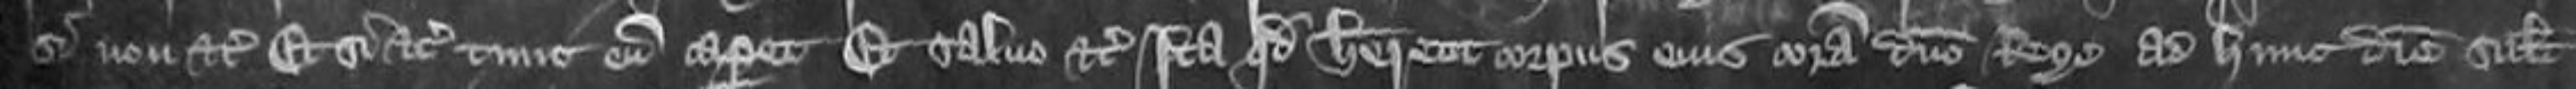
si non etc et si etc tunc eum caperet et salvo etc ita quod haberent corpus eius coram domino rege ad hunc diem scilicet